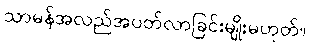
သာမန်အလည်အပတ်လာခြင်းမျိုးမဟုတ်။